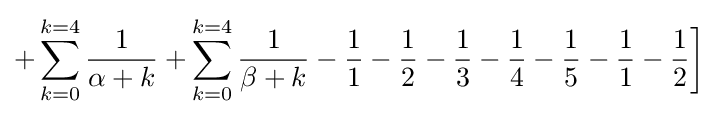
+\sum _{k=0}^{k=4}{\frac {1}{\alpha +k}}+\sum _{k=0}^{k=4}{\frac {1}{\beta +k}}-{\frac {1}{1}}-{\frac {1}{2}}-{\frac {1}{3}}-{\frac {1}{4}}-{\frac {1}{5}}-{\frac {1}{1}}-{\frac {1}{2}}{\bigg ]}